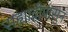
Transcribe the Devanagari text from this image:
सह्याद्रीपासुन